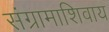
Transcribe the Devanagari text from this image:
संग्रामाशिवाय